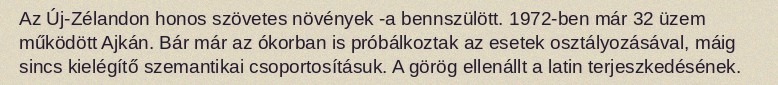
Az Új-Zélandon honos szövetes növények -a bennszülött. 1972-ben már 32 üzem működött Ajkán. Bár már az ókorban is próbálkoztak az esetek osztályozásával, máig sincs kielégítő szemantikai csoportosításuk. A görög ellenállt a latin terjeszkedésének.